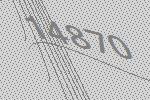
14870